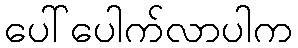
ပေါ်ပေါက်လာပါက